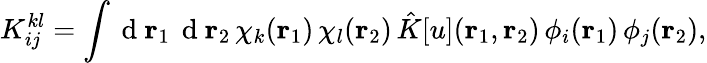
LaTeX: {K}_{ij}^{kl}=\int\mathrm{~d~}{\mathbf{r}_{1}}\, \mathrm{~d~}{\mathbf{r}_{2}}\, \chi_{k}({\mathbf{r}_{1}})\, \chi_{l}({\mathbf{r}_{2}})\, \hat{K}[u]({\mathbf{r}_{1}},{\mathbf{r}_{2}})\, \phi_{i}({\mathbf{r}_{1}})\, \phi_{j}({\mathbf{r}_{2}}),